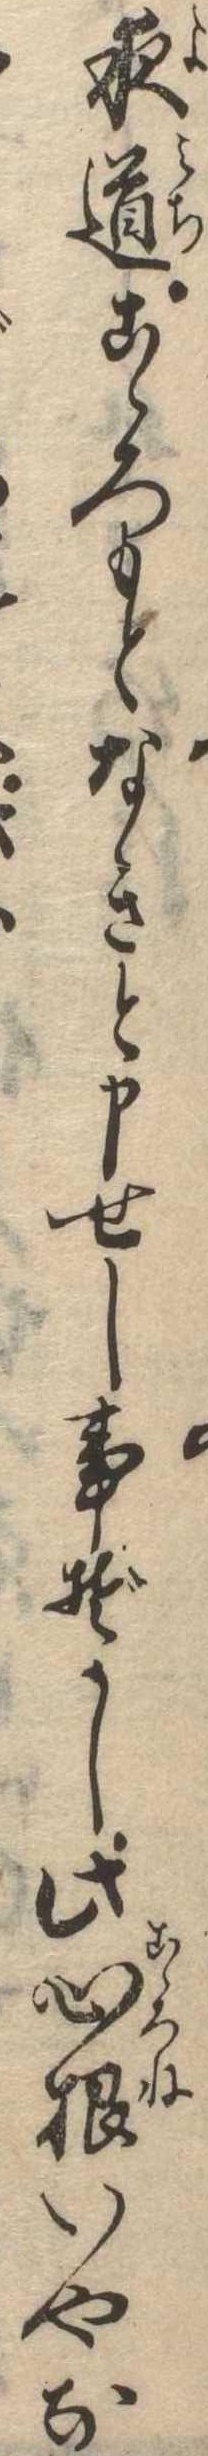
夜道こゝろもとなきと申せし事ぞかし此心根いやな